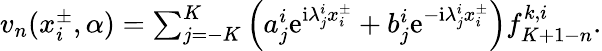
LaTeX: \begin{array}{r}{v_{n}(x_{i}^{\pm},\alpha)=\sum_{j=-K}^{K}\left(a_{j}^{i}\mathrm{e}^{\mathrm{i}\lambda_{j}^{i}x_{i}^{\pm}}+b_{j}^{i}\mathrm{e}^{-\mathrm{i}\lambda_{j}^{i}x_{i}^{\pm}}\right)f_{K+1-n}^{k,i}.}\end{array}